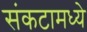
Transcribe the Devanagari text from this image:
संकटामध्ये